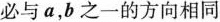
必与a，b之一的方向相同